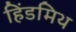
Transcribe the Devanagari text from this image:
हिंडमिथ